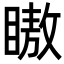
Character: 𬑞